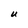
Character: U